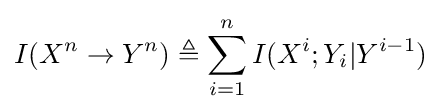
I(X^{n}\to Y^{n})\triangleq \sum _{i=1}^{n}I(X^{i};Y_{i}|Y^{i-1})